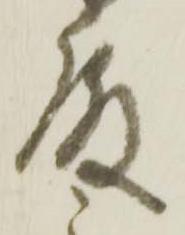
殿